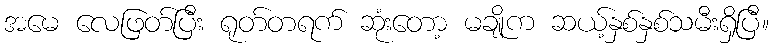
အမေ လေဖြတ်ပြီး ရုတ်တရက် ဆုံးတော့ မချိုက ဆယ့်နှစ်နှစ်သမီးရှိပြီ။